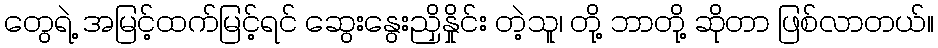
တွေရဲ့ အမြင့်ထက်မြင့်ရင် ဆွေးနွေးညှိနှိုင်း တဲ့သူ၊ တို့ ဘာတို့ ဆိုတာ ဖြစ်လာတယ်။